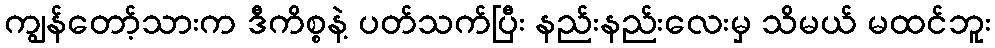
ကျွန်တော့်သားက ဒီကိစ္စနဲ့ ပတ်သက်ပြီး နည်းနည်းလေးမှ သိမယ် မထင်ဘူး